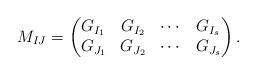
LaTeX: \begin{align*} M_{IJ}=\begin{pmatrix}G_{I_1} & G_{I_2} & \cdots & G_{I_s}\\ G_{J_1} & G_{J_2} & \cdots & G_{J_s}\end{pmatrix}. \end{align*}